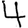
Digit: 4